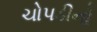
ચોપડીનો